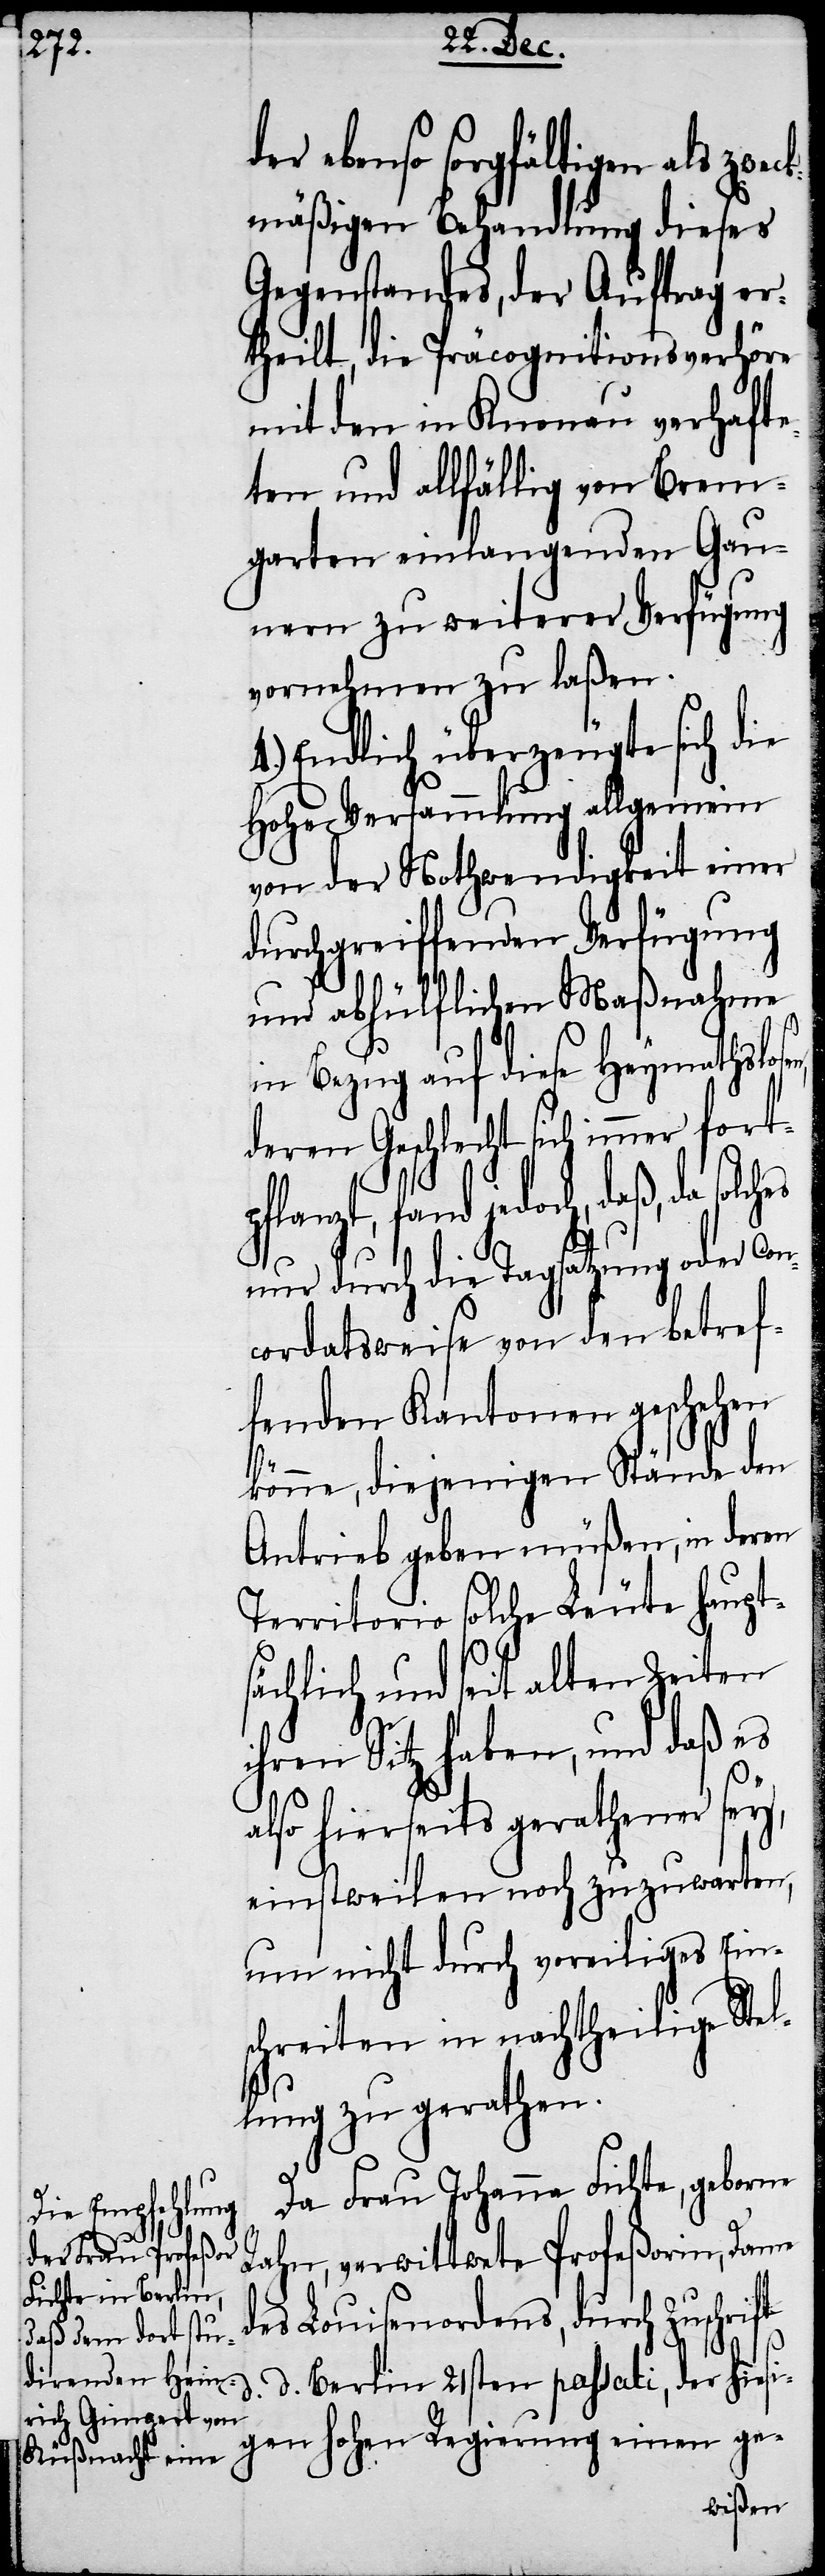
ebenso sorgfältigen als zwec¬
kmäßigen Behandlung dieses
Gegenstandes, der Auftrag er¬
theilt, die Präcognitionsverhöre
mit den in Knonau verhafte¬
ten und allfällig von Brem¬
garten einlangenden Gau¬
nern zu weiterer Verfügung
vornehmen zu laßen.
4.) Endlich überzeugte sich die
Hohe Versammlung allgemein
von der Nothwendigkeit einer
durchgreiffenden Verfügung
und abhülflichen Maßnahme
in Bezug auf diese Heymathslos¬
deren Geschlecht sich immer fortp¬
daß, da solches
nur durch die Tagsatzung oder Con¬
cordatsweise von den betref¬
fenden Kantonen geschehen
d¬
könne, diejenigen Stände den
Antrieb geben müßen, in deren
Territorio solche Leute haupt¬
sächlich und seit alten Zeiten
ihren Sitz haben, und daß es
also hierseits gerathener sey,
einstweilen noch zuzuwarten,
um nicht durch voreiliges Eins¬
chreiten in nachtheilige Stel¬
lung zu gerathen.
Da Frau Johanna Fichte, geborne
Rahn, verwittwete Profeßorin, Dame
es Louisenordens, durch Zuschrift
d. d. Berlin 21sten passati, der hiesi¬
gen hohen Regierung einen ge-